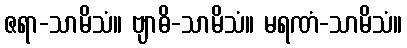
ဇရာ-သာမိသံ။ ဗျာဓိ-သာမိသံ။ မရဏံ-သာမိသံ။